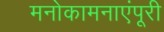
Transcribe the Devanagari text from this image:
मनोकामनाएंपूरी